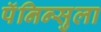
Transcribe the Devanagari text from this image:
पॅनिन्सुला